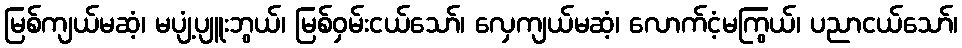
မြစ်ကျယ်မဆံ့၊ မပျံ့ပျူးဘွယ်၊ မြစ်ဝှမ်းငယ်သော်၊ လှေကျယ်မဆံ့၊ လောက်ငံ့မကြွယ်၊ ပညာငယ်သော်၊